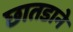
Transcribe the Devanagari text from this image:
छातडाने